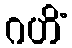
ဂဟိံ